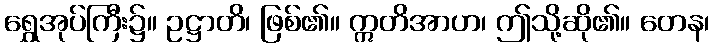
ရွှေအုပ်ကြီး၌။ ဥဋ္ဌာတိ၊ ဖြစ်၏။ ဣတိအာဟ၊ ဤသို့ဆို၏။ တေန၊